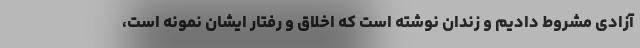
آزادی مشروط دادیم و زندان نوشته است که اخلاق و رفتار ایشان نمونه است،